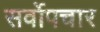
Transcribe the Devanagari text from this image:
सर्वोपचार